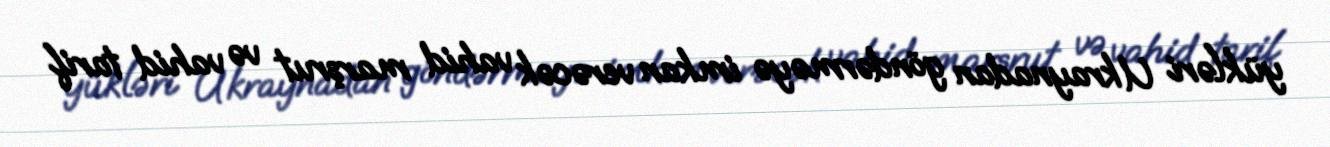
yükləri Ukraynadan göndərməyə imkan verəcək vahid marşrut və vahid tarif